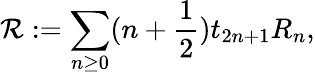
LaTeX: {\cal R}:=\sum_{n\geq 0}(n+\frac{1}{2})t_{2n+1}R_{n},